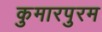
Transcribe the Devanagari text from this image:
कुमारपुरम